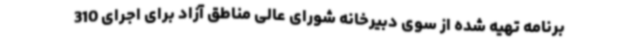
برنامه تهیه شده از سوی دبیرخانه شورای عالی مناطق آزاد برای اجرای 310